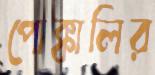
পোক্কালির